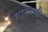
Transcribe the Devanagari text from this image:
कारवल्ली